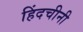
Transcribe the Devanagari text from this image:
हिंदचीनी